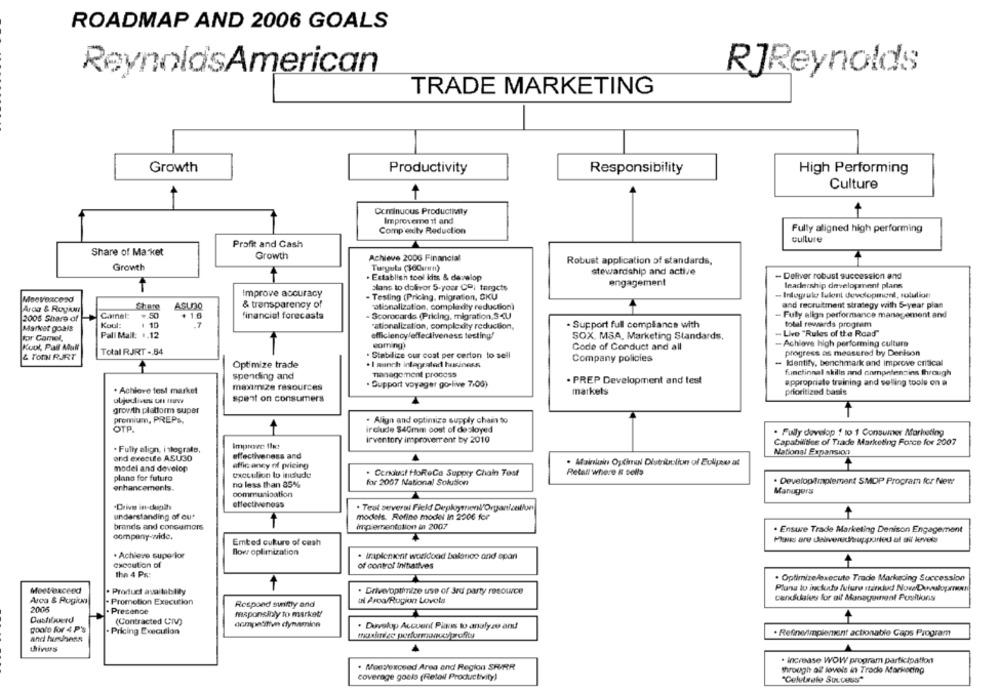
ROADMAP AND 2006 GOALS
ReynoldsAmerican
RJReynolds
TRADE MARKETING
Growth
Productivity
Responsibility
High Performing
Culture
+
-
Cominuous Productivity
Improvement and
Fully aligned high performing
Comp edty Reduction
culture
Profit and Cash
Share of Market
Growth
Achieve 2006 Financial
Robust application of standards,
Growth
stewardship and active
. Establish tool kits & develop
- Deliver robust succession and
engagement
alans to dolivor 5-your COI targets
Inadership development plans
Improve accuracy
- Testing (Pricing, migration, CKU
- Indogrule tulent development, solution
Moetexcesd
Share
& transparency of
rationalization, compledey reduction)
and recruitment strategy with S-year plan
Arda & RoyKA
ASU30
2006 Share of
Camel:
. 50
+ 1.6
financial forecasts
- Scorecards (Pricing, migration.SU
- Fully allga performance management and
Koul
1 10
.7
rationalization, complexity reduction,
. Support full compliance with
total rewards program
Market goals
-Live "Rules of the Road"
for Camel,
Pall Mall: 4.12
efficiency/effectiveness testing!
SOX. MSA, Marketing Standards,
coming!
Code of Conduct and all
- Achiave high performing culture
Kuul, Pall Mult
Total RJRT -. 54
progress as measured by Denison
& TONI RJRT
. Stabilize our cost per certon to sell
Company policies
Optimize trade
. I aanch integrated business.
- Identify, benchmark and improve critical
management process
functional skills and competenties through
spending and
. PREP Development and test
maximize resources
. Support voyager go-live 7.00)
appropriate training and selling tools on a
. Achieve test market
markets
prioritized basis
oljudlives un tine
spent on consumers
growth platform super
premium, PREPS,
. Align and optimize supply chain to
OTP.
include $40mm cost of deployed
· Fully develop ! to 1 Consumer Marketing
inventory improvement by 2010
Capabilities of Trade Marketing Force for 2007
. Fully align, i tograls,
and execute ASU3O
effectiveness and
National Expansion
effic ancy of pricing
. Mainline Oschul Distribution of Eulieu at
model and develop
plans for futuro
execution lo include
. Conust HoReCa Supply Chain Test
Retell where It Dolls
no less than 35%
for 2007 National Solution
Developfraplement SMDP Program for New
enhancements.
Manugers
communication
effectiveness
Drive in-dupah
· Teut several Field Deploysenl/Organization
understanding of out
models. Refine model In 2206 for
brands and consumers
implementation in 2007
. Ensure Trade Marketing Denison Engagement
company-wide.
Embed culture of cash
flow optimization
. Achieve superlor
. implement worldood balance and apan
execution of
of control Initiatives
the 4 Ps:
. Optimizedexecute Trade Marketing Succession
Plans to include futuro standud NowDevelopnon
Meetexceed
. Product availabley
. Driveyoptimize use of 3rd party resource
Aroa & Rogica
- Promotion Execution
ul Aro/Rogion Lovols
candidates for all Management Positions
2006
Respond suity and
Presence
maponsinly to market!
Dashbuerd
(Contracted CIV)
poolo for 4 P's
dumpedtien dynamion
. Duvelop Accuent Plass to analyze and
Pricing Execution
. Refineimplement actionable Caps Program
and humanss
thivers
. increase WOW program participation
. Mostexceed Area and Region SF/RR
through of loveis in Trade Marketing
coverage goals (Retail Productivity)
"Celutrele SULcus"